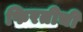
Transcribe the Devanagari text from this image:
फिरतीची